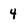
Character: 4